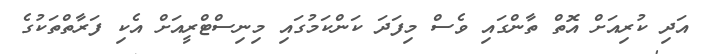
އަދި ކުރިއަށް އޮތް ތާންގައި ވެސް މިފަދަ ކަންކަމުގައި މިނިސްޓްރީއަށް އެކި ފަރާތްތަކުގެ